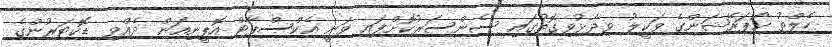
ހެލްތު ކޯޕަރޭޝަންގެ ވަކީލު ވިދާޅުވިގޮތުގައި ސެންސަރުކޮށްފައި ވަނީ އެކްސްޕާޓް އޮޕީނިއަން ދެއްވި ޑޮކްޓަރުންގެ